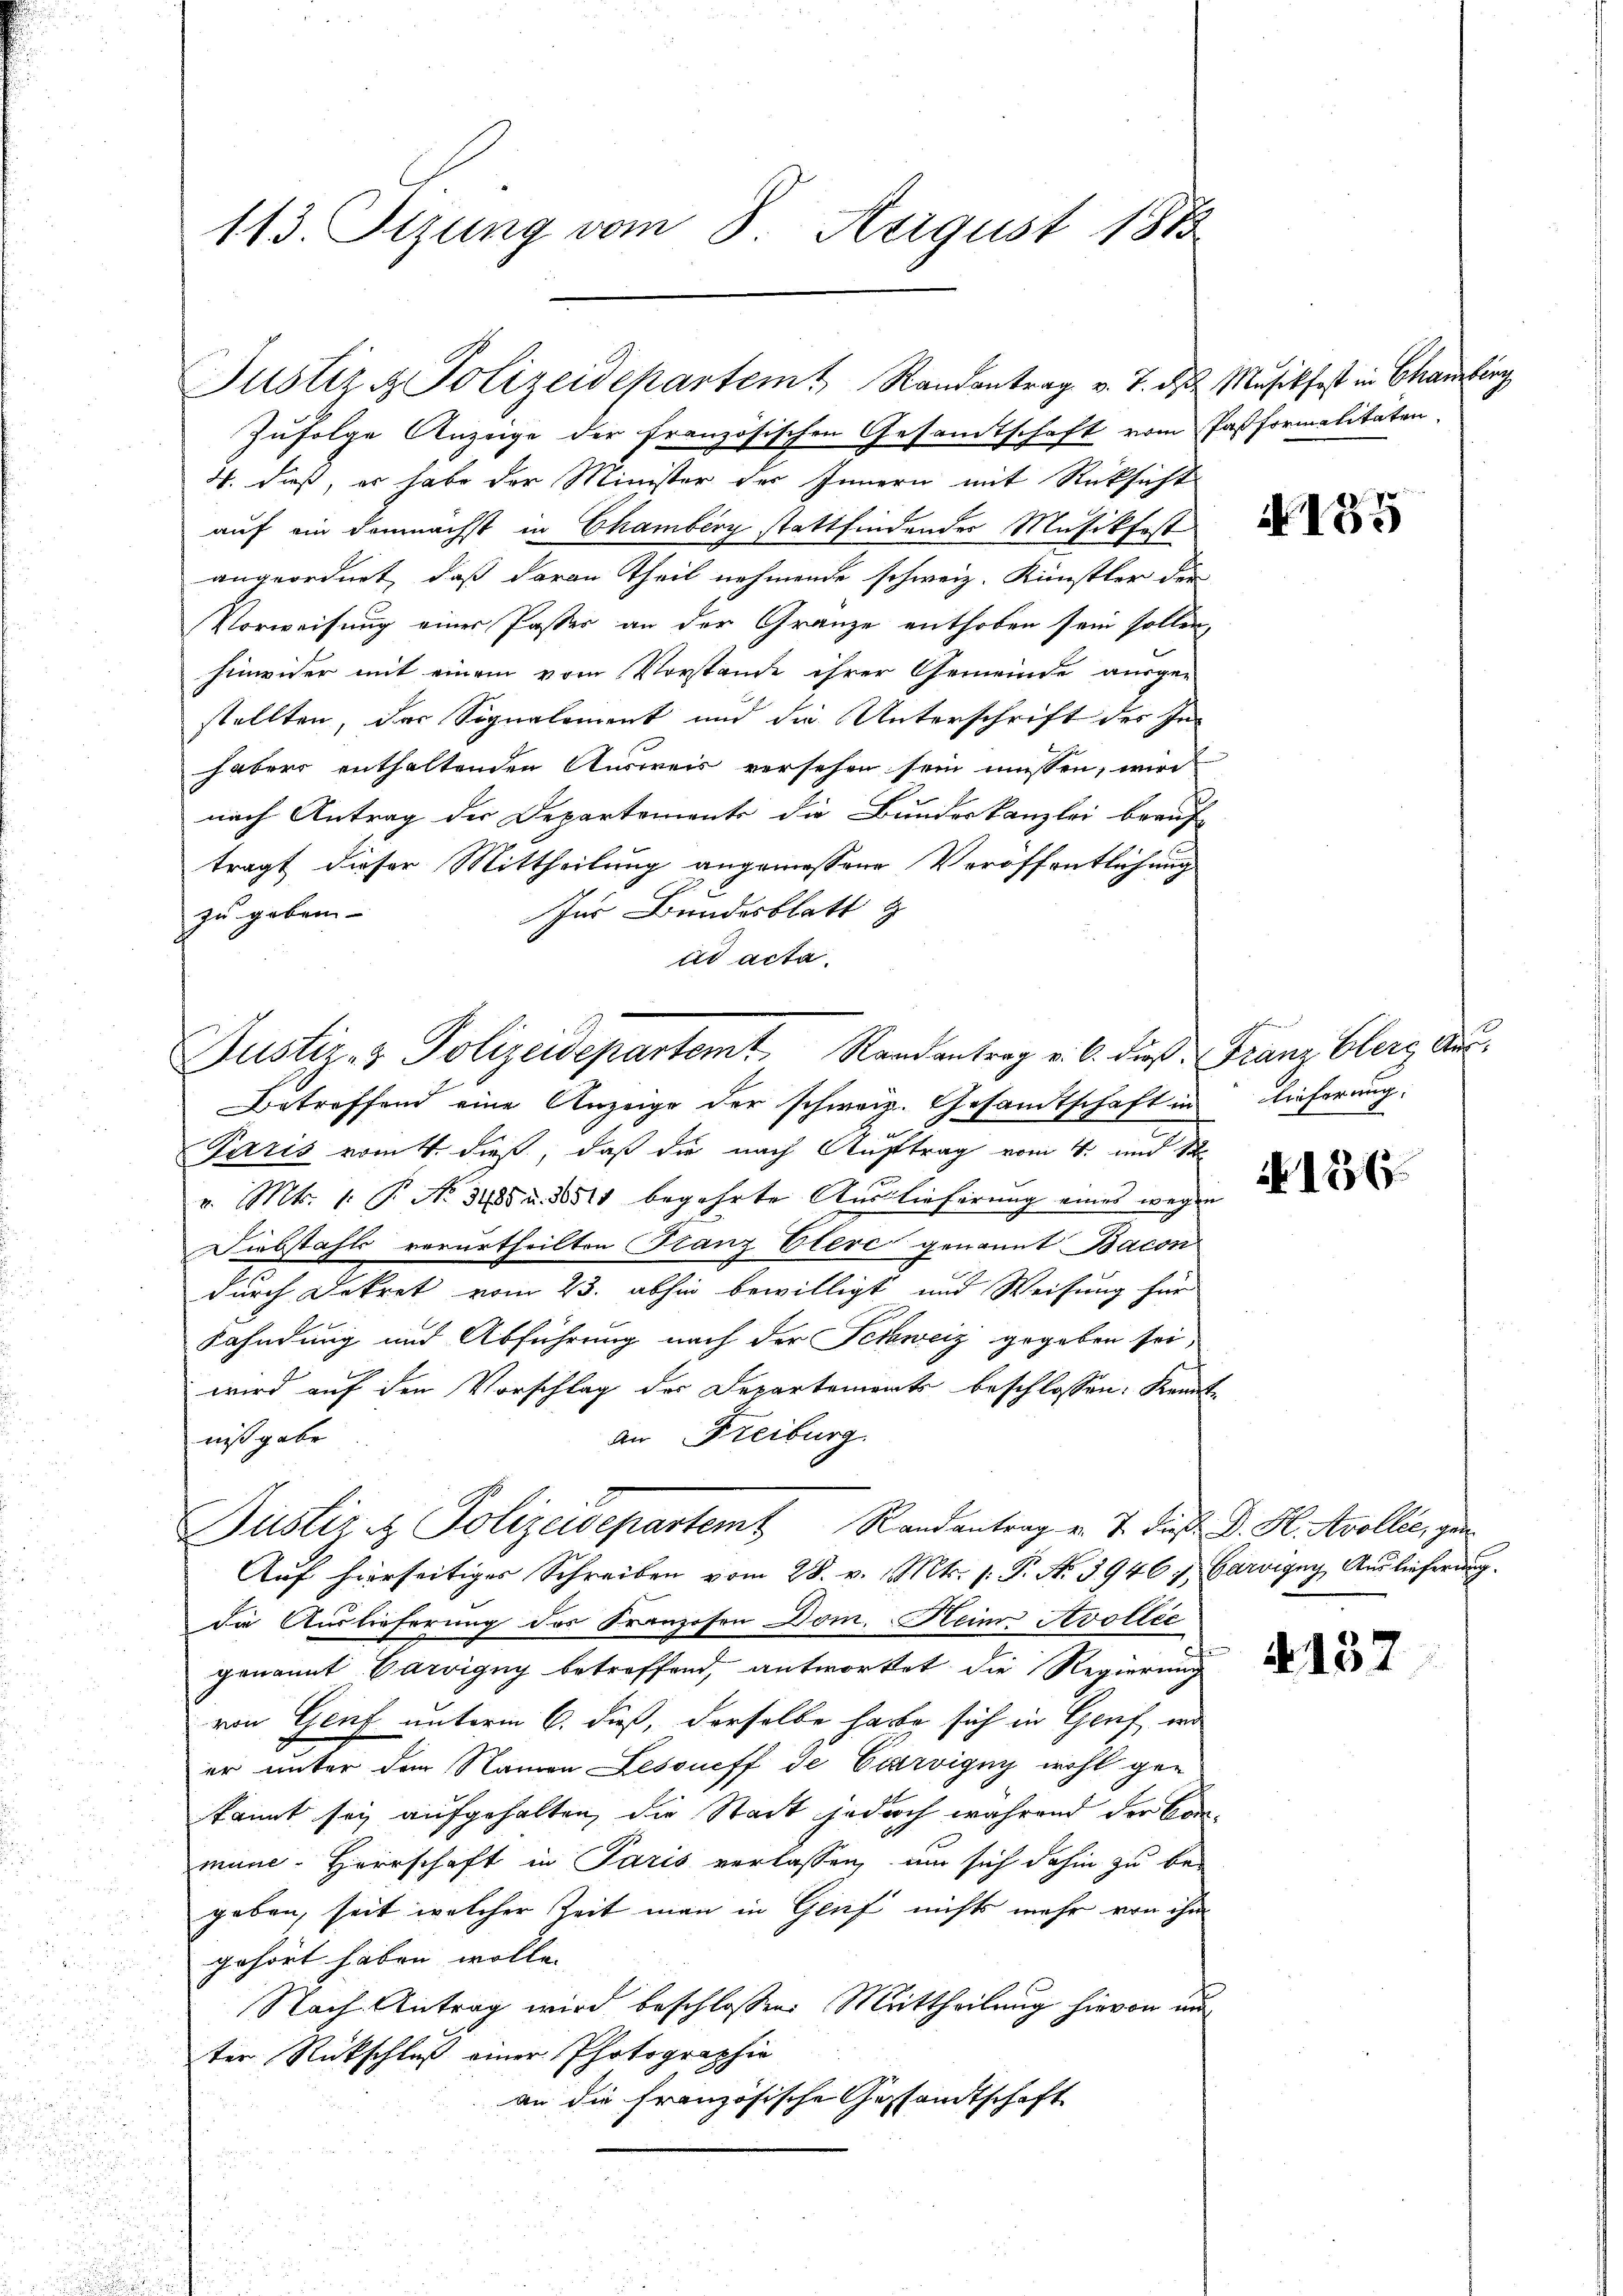
113. Stzung vom 8. Apigust 1883

Justiz & Polizeidepartem Randantrag v. J.

Justiz- & Polizeidepartemt, Randantrag v. 6. dieß. Franz berg, Aus¬

h

Zufolge Anzeige der französischen Gesandtschaft vom Pastformalitäten,
4. dieß, er habe der Minister des Innern mit Rücksicht
auf ein demnächst in Chamberg stattfindendes Musikfest
angeordnet, daß daran Theil nehmende schweiz. Künstler die
Vorweisung einer Paster an der Gränze enthoben sein sollen,
hinwider mit einem vom Vorstande ihrer Gemeinde ausge-
stellten, das Signalement und die Unterschrift des Inhabers enthaltenden Ausweis versehen sein müssen, wird
nach Antrag der Departements die Bundeskanzlei beauf-
tragt dieser Mittheilung angemessene Veröffentlichung
Ins Bundesblatt g
zu geben-
ad acta.
Betreffend eine Anzeige der schweiz. Gesandtschaft in Lieferung:
Paris vom 4. dieß, daß die nach Auftrag vom 4. und 1
v. Mts. 1. P. No. 3485 u. 30511 begehrte Auslieferung eines wegen
Diebstahls verurtheilten Stanz Olere genannt Bacon
durch Dekret vom 23. abhin bewilligt und Weisung für
Fahndung und Abführung nach der Schweiz gegeben sei,
wird auf den Vorschlag der Departements beschlossen: Kenntan Freiburg.
nißgabe
Bustiz & Polizeidepartemt Randantrag u. T. dies D. H. Avollie, gen¬
Auf hierseitiges Schreiben vom 28. v. Mts. s. P. No 3946 u. Carigny, Auslieferung.
die Auslieferung des Franzosen Dom. Kein Avollec
genannt Carigny betreffend, antwortet die Regierung
von Genf unterm 6. dieß, derselbe habe sich in Genf, un
er unter dem Namen Lessneff de Czarvigny wohl gen
kannt sey aufgehalten, die Stadt jedoch während der Communc- Herrschaft in Paris verlassen, um sich dahin zu begaben, seit welcher Zeit man in Genf nichts mehr von ihm
gehört haben wolle.
Nach Antrag wird beschlossen: Mittheilung hievon un
ter Rückschluß einer Photographie
an die französische Gestandtschaft

2 Musikfast in Chamberg

155

No 136.

137